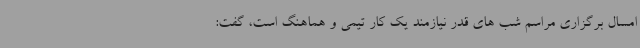
امسال برگزاری مراسم شب های قدر نیازمند یک کار تیمی و هماهنگ است، گفت: